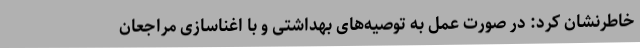
خاطرنشان کرد: در صورت عمل به توصیه‌های بهداشتی و با اغناسازی مراجعان